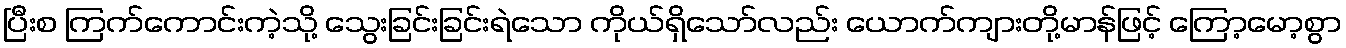
ပြီးစ ကြက်ကောင်းကဲ့သို့ သွေးခြင်းခြင်းရဲသော ကိုယ်ရှိသော်လည်း ယောက်ကျားတို့မာန်ဖြင့် ကြော့မော့စွာ